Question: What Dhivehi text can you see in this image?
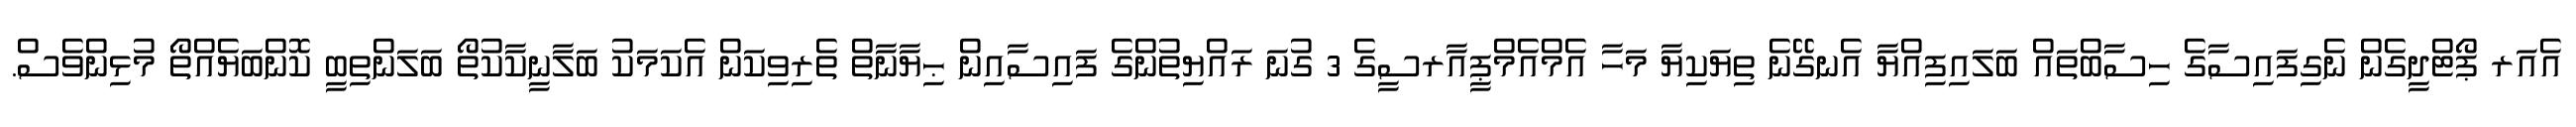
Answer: އެއަރ ޕޯޓްދީގެން ނެގިފައިސާގެ ހިސާބްތައް ބަލައިފިއްޔާ އެނގޭނެ ތިޔަކިޔާ މަހާ އެމްއެމްޕީއާރސީގެ 3 ގުނަ ރައްޔިތުންގެ ފައިސާއިން ޙިޔާނާތް ތެރިވިކަން އެކަމަކު ބަލާނީކާކުތޯ ބަލަންތިބީ ކޮންބަޔެއްތޯ މުޅިންވެސް.